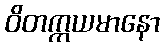
ဝိတက္ကယမာနော